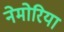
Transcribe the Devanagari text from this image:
नेमोरिया